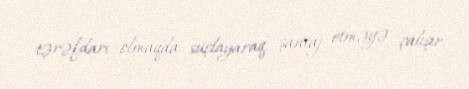
tərəfdarı olmaqda suçlayaraq, şantaj etməyə çalışır.